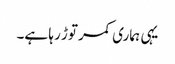
یہی ہماری کمر توڑ رہا ہے۔